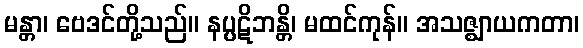
မန္တာ၊ ဗေဒင်တို့သည်။ နပ္ပဋိဘန္တိ၊ မထင်ကုန်။ အသဇ္ဈာယကတာ၊